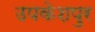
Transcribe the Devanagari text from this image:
उपकेशपुर